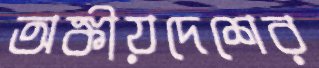
অঙ্কীয়দেশের